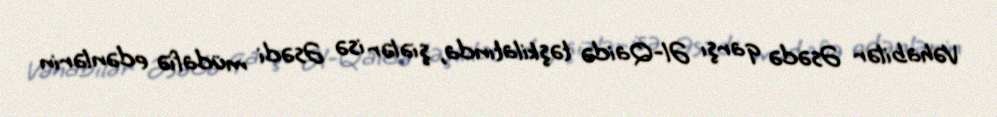
Vəhabilər Əsədə qarşı Əl-Qaidə təşkilatında, şiələr isə Əsədi müdafiə edənlərin